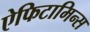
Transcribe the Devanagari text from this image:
ऐफिटामिन्स